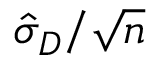
{ \hat { \sigma } } _ { D } / { \sqrt { n } }